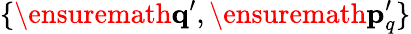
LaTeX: \{ \ensuremath{\mathbf{q}}^{\prime},\ensuremath{\mathbf{p}}_{q}^{\prime}\}